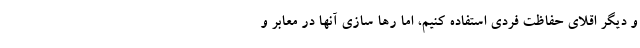
و دیگر اقلای حفاظت فردی استفاده کنیم، اما رها سازی آنها در معابر و